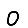
Digit: 0